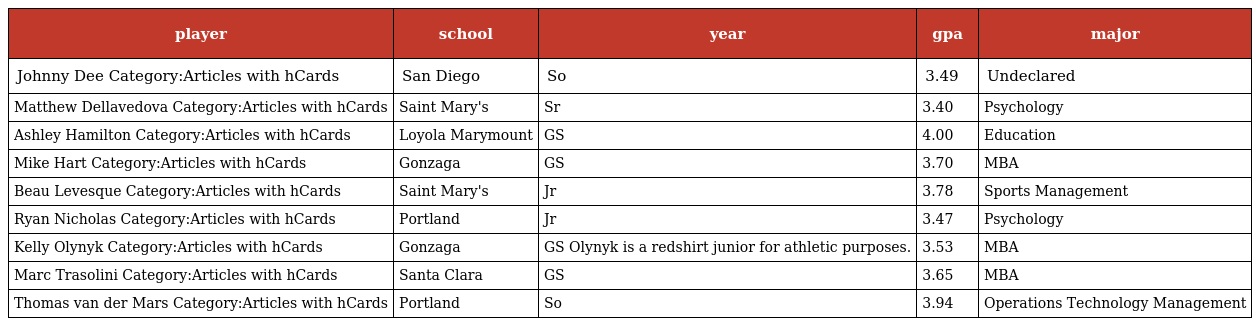
| player | school | year | gpa | major |
 | --- | --- | --- | --- | --- |
 | Johnny Dee Category:Articles with hCards | San Diego | So | 3.49 | Undeclared |
 | Matthew Dellavedova Category:Articles with hCards | Saint Mary's | Sr | 3.40 | Psychology |
 | Ashley Hamilton Category:Articles with hCards | Loyola Marymount | GS | 4.00 | Education |
 | Mike Hart Category:Articles with hCards | Gonzaga | GS | 3.70 | MBA |
 | Beau Levesque Category:Articles with hCards | Saint Mary's | Jr | 3.78 | Sports Management |
 | Ryan Nicholas Category:Articles with hCards | Portland | Jr | 3.47 | Psychology |
 | Kelly Olynyk Category:Articles with hCards | Gonzaga | GS Olynyk is a redshirt junior for athletic purposes. | 3.53 | MBA |
 | Marc Trasolini Category:Articles with hCards | Santa Clara | GS | 3.65 | MBA |
 | Thomas van der Mars Category:Articles with hCards | Portland | So | 3.94 | Operations Technology Management |